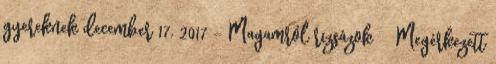
gyereknek december 17, 2017 - Magamról rizsázok Megérkezett